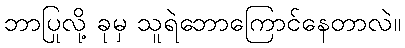
ဘာပြုလို့ ခုမှ သူရဲဘောကြောင်နေတာလဲ။